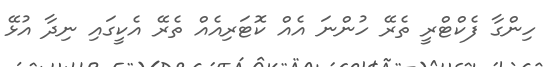
ހިންގާ ފެކްޓްރީ ތެރޭ ހުންނަ އެއް ކޮޓަރިއެއް ތެރޭ އެކީގައި ނިދާ އުޅޭ